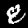
Digit: 8